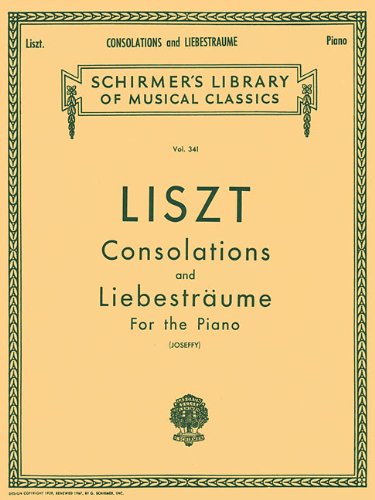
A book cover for Consolations and Liebestraume: Piano Solo (Piano Collection) (Schirmer's Library of Musical Classics); Humor & Entertainment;